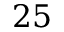
2 5